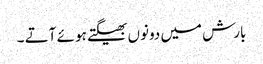
بارش میں دونوں بھیگتے ہو ئے آتے ۔